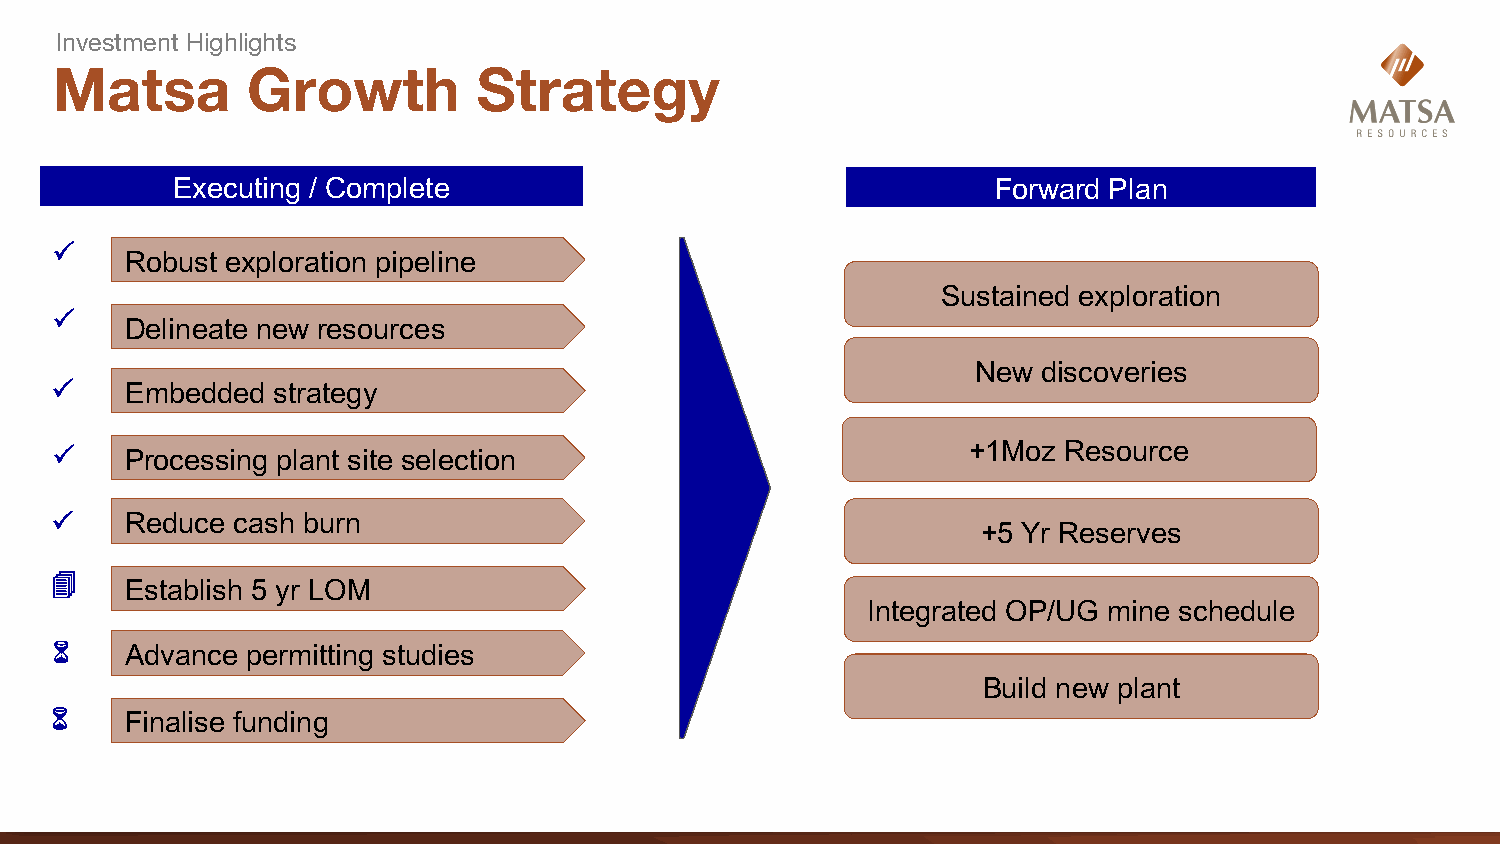
Investment Highlights
 Matsa        Growth          Strategy
 Executing / Complete                                   Forward Plan
 P
 Robust exploration pipeline
 Sustained exploration
 P
 Delineate new resources
 New discoveries
 P    Embedded  strategy
 P    Processing plant site selection                         +1Moz  Resource
 P    Reduce cash burn
 +5 Yr Reserves
 4
 Establish 5 yr LOM
 Integrated OP/UG mine schedule
 6    Advance permitting studies
 Build new plant
 6    Finalise funding